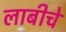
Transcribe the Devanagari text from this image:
लाबीचे